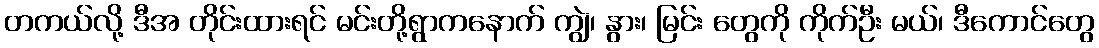
တကယ်လို့ ဒီအ တိုင်းထားရင် မင်းတို့ရွာကနောက် ကျွဲ၊ နွား၊ မြင်း တွေကို ကိုက်ဦး မယ်၊ ဒီကောင်တွေ